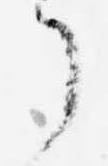
了